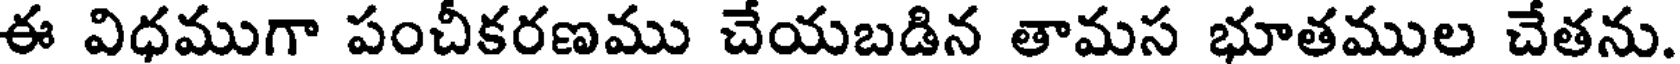
ఈ విధముగా పంచీకరణము చేయబడిన తామస భూతముల చేతను.